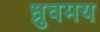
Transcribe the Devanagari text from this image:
ध्रुवमय